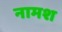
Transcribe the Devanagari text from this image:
नामश